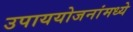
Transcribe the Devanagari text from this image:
उपाययोजनांमध्ये